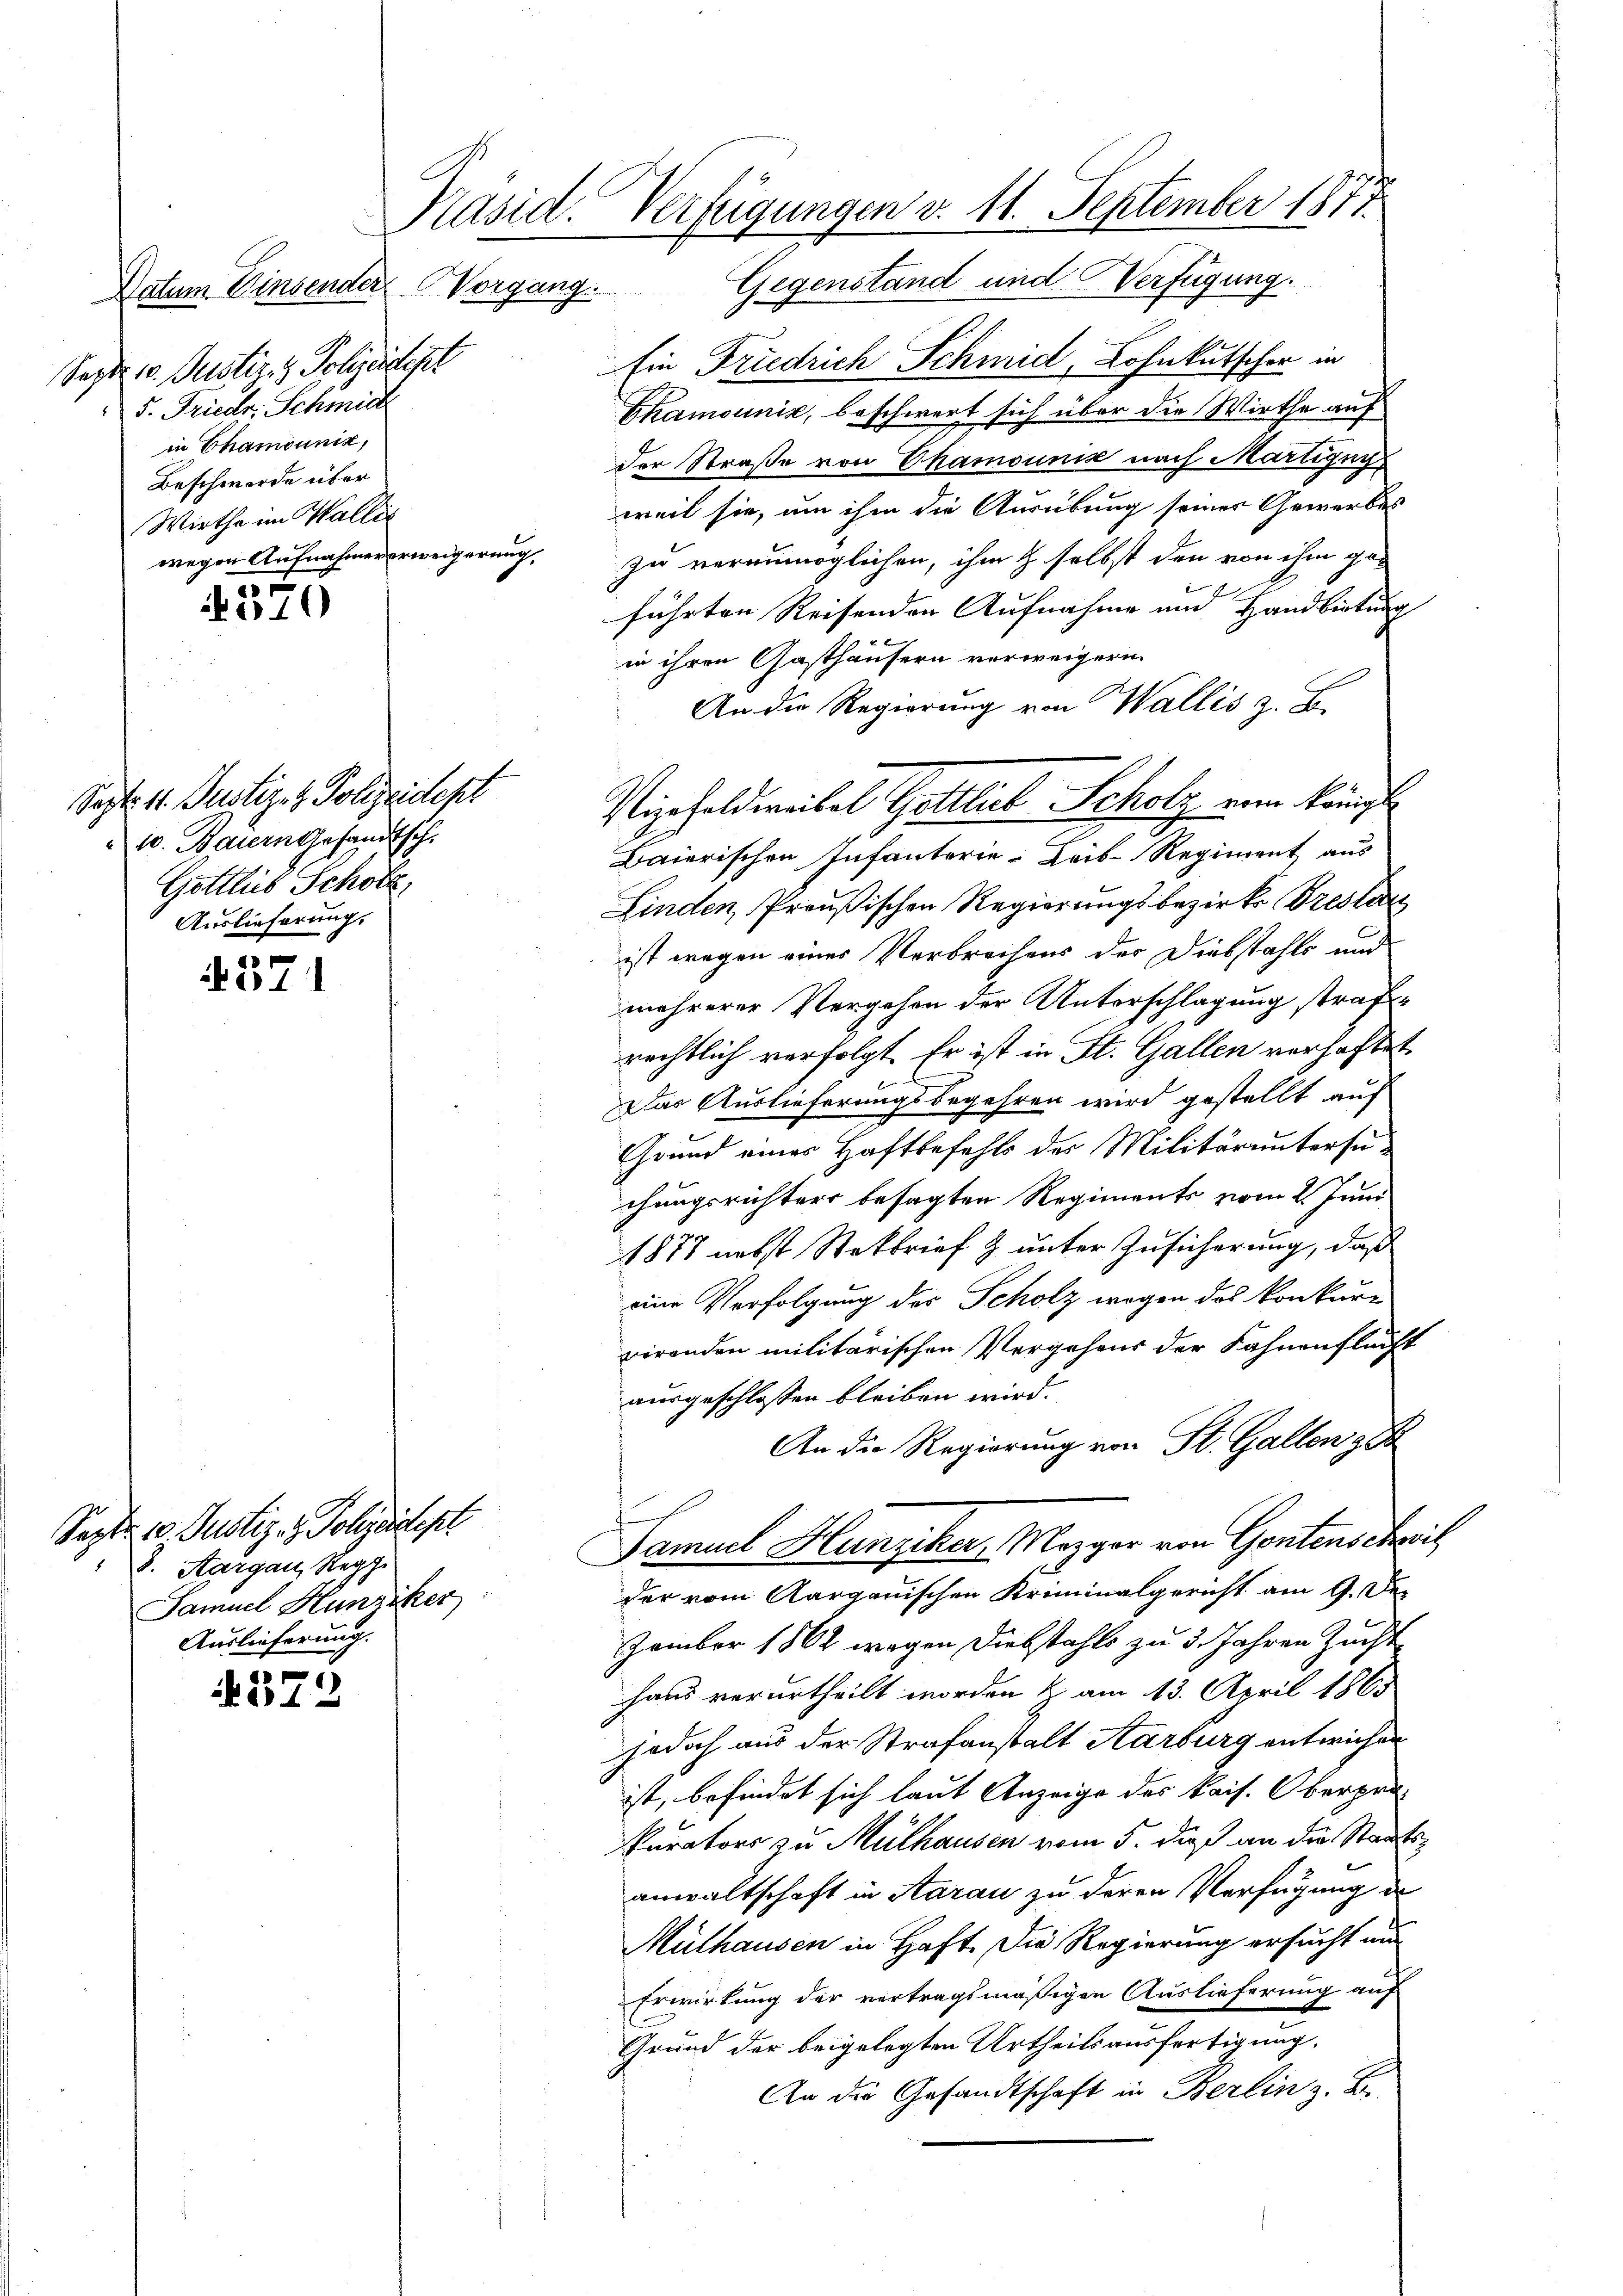
Sept. 10. Justiz & Polizeidept
5. Friedr. Schmidt
in Chamounik,
Beschwerde über
Wirtha im Wallis
wegen Aufnahmeverweigerung
e

510

Sept. 11. Justiz- & Polizeidept
10. Baiern Gesandtsch.
Gottlis Schöll,
Auslieferung.

371

Sept. 10. Justiz- & Polizeidept
8. Aargau, Regg.
Samuel Hunziker
Auslieferung.

572

Präsid. Verfügungen d. 11. September 1877.
Natum Einsender Vorgang. Gegenstand und Verfügung

Ein Friedrich Schmid, Lohnkutscher in
Bhamounić, beschwert sich über der Wirthe auf
der Straße von Chamounis nach Martizey
weil sie, um ihm die Ausübung seines Gewerbes
zu verunmöglichen, ihm t selbst den von ihm ge-
führten Reisenden Aufnahme und Handbietung
in ihren Gasthäusern verweigern.
An die Regierung von Wallis z. B.
Baierischen Infanterie- Leib-Regiment aus
Finden, Preußischen Regierungsbezirks Breslan
ist wegen einer Verbrechens der Diebstahls und
mehrerer Vergehen der Unterschlagung strafen
rechtlich verfolgt. Er ist in St. Gallen verhaftet
Das Auslieferungsbegehren wird gestellt auf
Grund einer Haftbefehls des Militäruntersuchungsrichters besagten Regiments vom 2. Juni
1878 nebst Steckbrief & unter Zusicherung, daß
eine Verfolgung des Scholz wegen des Konkurr
virenden militärischen Vergehens der Fahnenflucht
ausgeschlossen bleiben wird.
An die Regierung von St. Gallen zu
f
Samuel Hunziker, Mezger von Gentenschweil
der vom Aargauischen Kriminalgericht am 9. Der
zember 1862 wegen Diebstahls zu 3. Jahren Zucht
haus verurtheilt worden & am 13. April 1863
jedoch aus der Strafanstalt Aarburg entwichen
ist, befindet sich laut Anzeige des kais. Oberprä¬
Purators zu Mülhausen vom 5. dieß an die Staatsanwaltschaft in Aarau zu deren Verfügung er
Mülhausen in Haft. Die Regierung ersucht und
Erwirkung der vertragsmäßigen Auslieferung auf
Grund der beigelegten Urtheilsausfertigung.
An die Gesandtschaft in Berlin z. B.

Vizoheldweibel Gottlieb Scholz vom Königl.